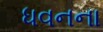
ધવનના